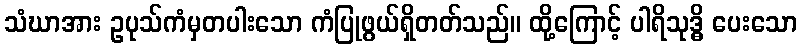
သံဃာအား ဥပုသ်ကံမှတပါးသော ကံပြုဖွယ်ရှိတတ်သည်။ ထို့ကြောင့် ပါရိသုဒ္ဓိ ပေးသော